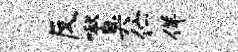
反啾臭伫佯